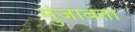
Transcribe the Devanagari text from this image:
मुंजावता